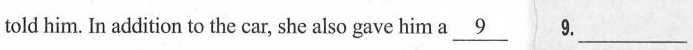
told him. In additon tothe car, she also gave hima\underline{9}